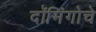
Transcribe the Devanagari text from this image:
दॉमिंगोचे